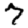
Digit: 7